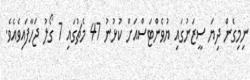
ނިމިގެން ދިޔަ ސީޒަނުގައި ޔުވެންޓަސްއަށް ކުޅުނު 47 މެޗުގައި 7 ގޯލު ޖަހާފައިވެއެވެ.